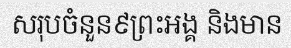
សរុបចំនួន៩ព្រះអង្គ និងមាន